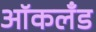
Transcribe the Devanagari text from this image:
आॅकलँड